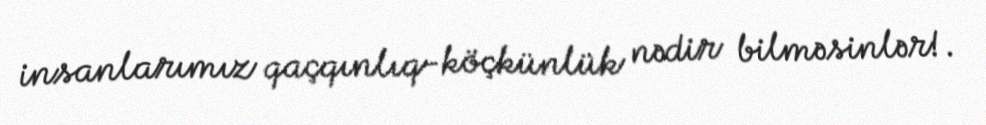
insanlarımız qaçqınlıq-köçkünlük nədir bilməsinlər!.